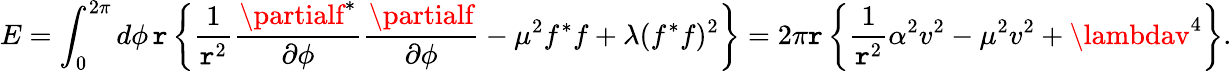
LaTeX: E=\int_{0}^{2\pi}d\phi\, \mathtt{r}\left\{ \frac{{1}}{{\mathtt{r}^{2}}}\frac{{\partialf^{*}}}{{\partial\phi}}\frac{{\partialf}}{{\partial\phi}}-\mu^{2}f^{*}f+\lambda(f^{*}f)^{2}\right\} =2\pi\mathtt{r}\left\{ \frac{{1}}{{\mathtt{r}^{2}}}\alpha^{2}v^{2}-\mu^{2}v^{2}+\lambdav^{4}\right\} .